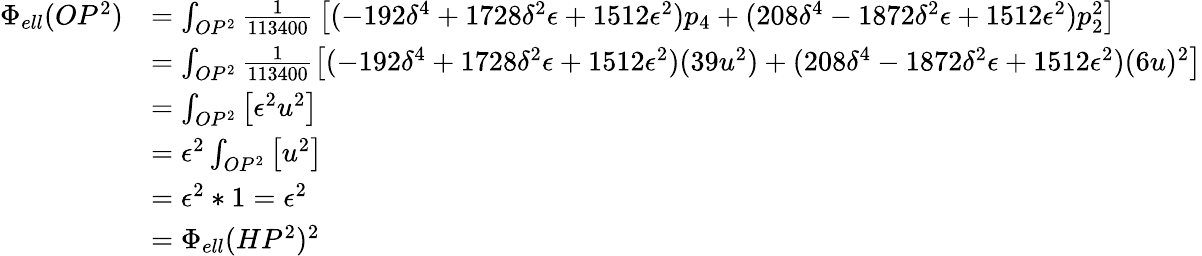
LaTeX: {\begin{array}{rl}{\Phi_{ell}(OP^{2})}&{=\int_{OP^{2}}{\frac{1}{113400}}\left[(-192\delta^{4}+1728\delta^{2}\epsilon+1512\epsilon^{2})p_{4}+(208\delta^{4}-1872\delta^{2}\epsilon+1512\epsilon^{2})p_{2}^{2}\right]}\\ &{=\int_{OP^{2}}{\frac{1}{113400}}{\big[}(-192\delta^{4}+1728\delta^{2}\epsilon+1512\epsilon^{2})(39u^{2})+(208\delta^{4}-1872\delta^{2}\epsilon+1512\epsilon^{2})(6u)^{2}{\big]}}\\ &{=\int_{OP^{2}}{\big[}\epsilon^{2}u^{2}{\big]}}\\ &{=\epsilon^{2}\int_{OP^{2}}{\big[}u^{2}{\big]}}\\ &{=\epsilon^{2}*1=\epsilon^{2}}\\ &{=\Phi_{ell}(HP^{2})^{2}}\end{array}}